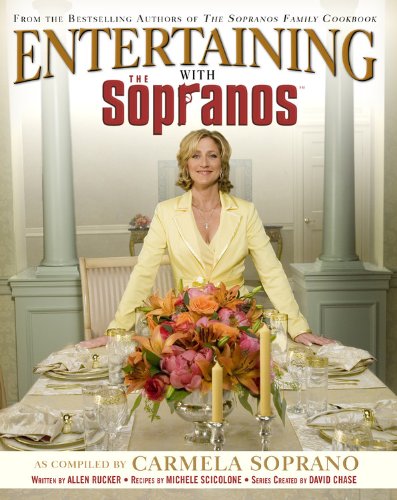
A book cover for Entertaining with the Sopranos; Carmela Soprano; Cookbooks, Food & Wine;